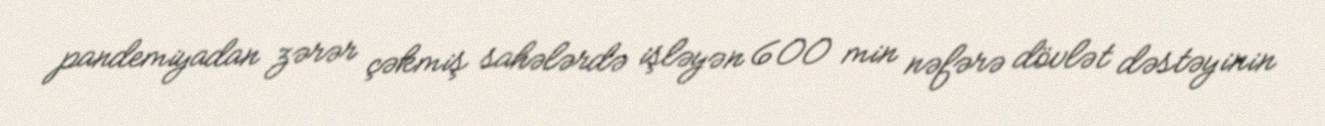
pandemiyadan zərər çəkmiş sahələrdə işləyən 600 min nəfərə dövlət dəstəyinin